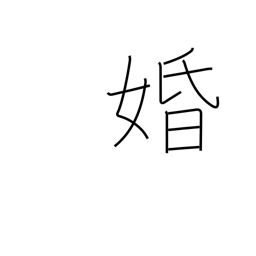
Meaning: marriage